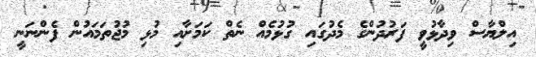
އިލްޔާސް ވިދާޅުވީ ފަރުދުންގެ މެދުގައި ގުޅުމެއް ނެތް ކަމަށާއި މުޅި މުޖުތަމައުން ފެންނަނީ